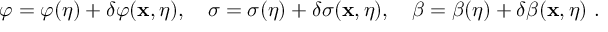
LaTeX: \varphi = \varphi ( \eta ) + \delta \varphi ( { \bf x } , \eta ) , ~ ~ ~ \sigma = \sigma ( \eta ) + \delta \sigma ( { \bf x } , \eta ) , ~ ~ ~ \beta = \beta ( \eta ) + \delta \beta ( { \bf x } , \eta ) \ .